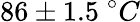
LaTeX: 86\pm 1.5~^{\circ}C